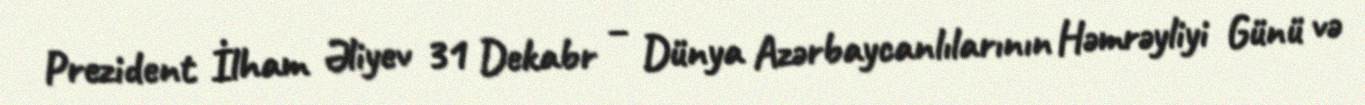
Prezident İlham Əliyev 31 Dekabr – Dünya Azərbaycanlılarının Həmrəyliyi Günü və